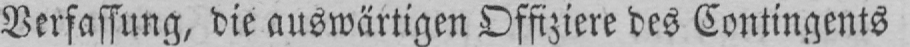
Verfassung, die auswärtigen Offiziere des Contingents